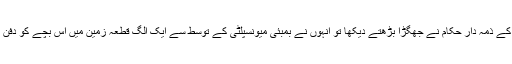
پولیس کے ذمہ دار حکام نے جھگڑا بڑھتے دیکھا تو انہوں نے بمبئی میونسپلٹی کے توسط سے ایک الگ قطعہ زمین میں اُس بچے کو دفن کرادیا۔